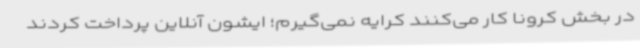
در بخش کرونا کار می‌کنند کرایه نمی‌گیرم؛ ایشون آنلاین پرداخت کردند